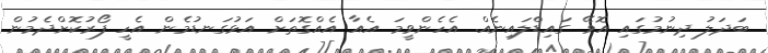
ބަދަލު ދިނުމުގައި އޮވޭ ގައިޑްލައިނެއް. އެހެންވީމަ އެއާ އެއްގޮތަށް އަޅުގަނޑުމެން އެހީ ފޯރުކޮށްދެމުން